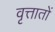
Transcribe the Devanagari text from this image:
वृत्तातों